Lunatic asylums in Bengal annual reports 1888-1898 - 1888-1898
Year: 1888
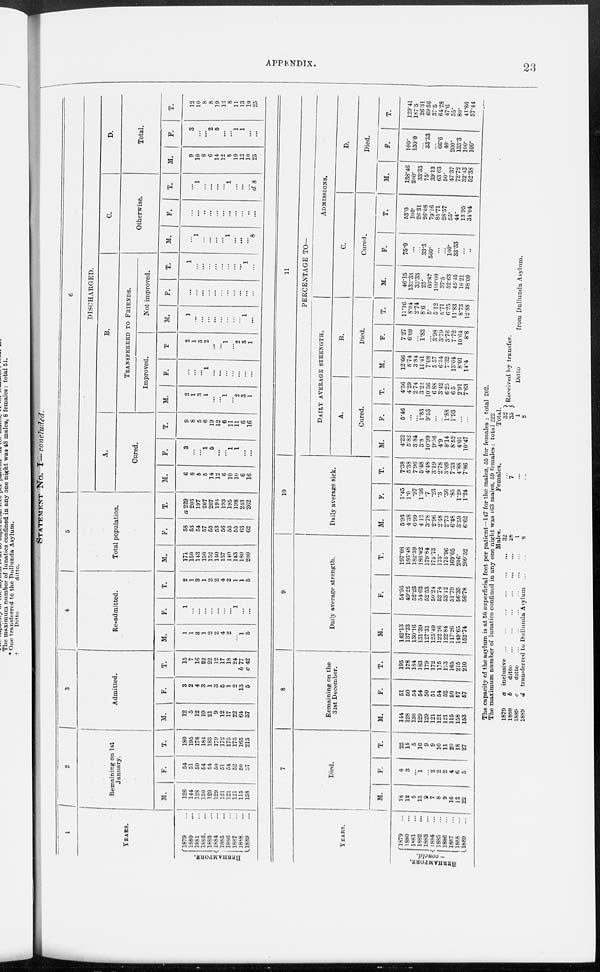
APPENDIX.
23
STATEMENT
NO. I—concluded.
1
YEARS.
BERHAMPORE.
1879 ...
1880 ...
1881 ...
1882 ...
1883 ...
1884 ...
1885 ...
1886 ...
1887 ...
1888 ...
1889 ...
2
Remaining on 1st
January.
M.
126
144
128
130
129
129
121
121
121
115
158
F.
54
51
50
54
54
50
51
54
52
50
57
T.
180
195
178
184
183
179
172
175
173
165
215
3
Admitted.
M.
12
5
12
19
21
9
12
17
22
64
37
F.
3
2
4
3
1
3
5
1
2
13
5
T.
15
7
16
22
22
12
17
18
24
b77
c 42
4
Re-admitted.
M.
1
1
3
1
2
2
4
2
...
1
5
F.
1
...
...
...
...
...
...
...
1
...
...
T.
2
1
3
1
2
2
4
2
1
1
5
5
Total population.
M.
171
150
143
150
152
140
137
140
143
180
200
F.
58
53
54
57
55
53
56
55
55
63
62
T.
a 229
203
197
207
207
193
193
195
198
243
262
6
DISCHARGED.
A.
Cured.
M.
6
8
5
5
14
12
6
10
10
6
16
F.
3
...
...
1
5
...
...
1
1
...
...
T.
9
8
5
6
19
12
6
11
11
6
16
B.
TRANSFERRED
TO
FRIENDS.
Improved.
M.
2
1
3
1
...
...
1
...
2
3
1
F.
...
...
...
1
...
...
...
...
...
...
...
T.
2
1
3
2
...
...
1
...
2
3
1
Not improved.
M.
1
...
...
...
...
...
...
...
...
1
...
F.
...
...
...
...
...
...
...
...
...
...
...
T.
1
...
...
...
...
...
...
...
...
1
...
C.
Otherwise.
M.
...
1
...
...
...
...
1
...
...
...
8
F.
...
...
...
...
...
...
...
...
...
...
...
T.
...
1
...
...
...
...
1
...
...
...
d 8
D.
Total.
M.
9
10
8
6
14
12
8
10
12
10
25
F.
3
...
...
2
5
...
...
1
1
...
...
T.
12
10
8
8
19
12
8
11
13
10
25
YEARS.
BERHAMPORE.
-
concld.
1879 ...
1880 ...
1881 ...
1882 ...
1883 ...
1884 ...
1885 ...
1886 ...
1887 ...
1888 ...
1889
...
7
Died.
M.
18
12
5
15
9
7
8
9
16
12
22
F.
4
3
...
1
...
2
2
2
4
6
5
T.
22
15
5
16
9
9
10
11
20
18
27
8
Remaining on the
31st December.
M.
144
128
130
129
129
121
121
121
115
158
153
F.
51
50
54
54
50
51
54
52
50
57
57
T.
195
178
184
183
179
172
175
173
165
215
210
9
Daily average strength.
M.
142.13
137.23
130.16
131.39
127.31
125.49
122.26
122.84
117.26
149.65
152.74
F.
54.95
49.25
52.23
54.63
52.53
50.24
52.74
53.12
51.79
56.35
56.78
T.
197.08
186.48
182.39
186.02
179.84
175.73
175.
175.96
169.05
206.
209.52
10
Daily average sick.
M.
5.93
4.38
6.99
4.12
3.78
2.96
2.48
2.73
6.48
3.59
6.62
F.
1.45
1.0
.97
1.36
.7
.23
.3
.36
.85
1.29
1.24
T.
7.38
5.38
7.96
5.48
4.48
3.19
2.78
3.09
7.33
4.88
7.86
11
PERCENTAGE TO—
DAILY
AVERAGE
STRENGHT.
A.
Cured.
M.
4.22
5.82
3.84
3.8
10.99
9.56
4.9
8.14
8.52
4.01
10.47
F.
5.46
...
...
1.83
9.53
...
...
1.88
1.93
...
...
T.
4.56
4.29
2.74
3.22
10.56
6. 88
3.42
6.25
6.5
2.91
7.63
B.
Died.
M.
12.66
8.74
3.84
11.41
7.08
5.57
6.54
7.32
13.64
8.01
14.4
F.
7.27
6.09
...
1.83
...
3.98
3.79
3.76
7.72
10.64
8.8
T.
11.16
8.04
2.74
8.6
5.
5.12
5.71
6.25
11.83
8.73
12.88
ADMISSIONS.
c.
Cured.
M.
46.15
133.33
33.33
25.
60.87
109.09
37.5
52.63
45.45
16.21
38.09
F.
75.0
...
...
33.3
500.
...
...
100.
33.33
...
...
T.
53.0
100.
26.31
26.08
79.16
85.71
28.57
55.
44.
13.95
34.04
D.
Died.
M.
138.46
200.
33.33
75.
39.13
63.63
50.
47.37
72.72
32.43
52.38
F.
100.
150.0
...
33.33
...
66.6
40.
200.
133.3
100.
100.
T.
129.41
187.5
26.3l
69.56
37.5
64.28
47.6
55.
80.
41.86
57.44
The capacity of the asylum is at 50 superficial feet per patient—147 for the males, 55 for females : total 202.
The maximum number of lunatics confined in any one night was 163 males, 59 females: total 222
1879
1888
1889
1889
a
b
c
d
inclusive
...
...
...
...
...
...
ditto
...
...
...
...
...
...
ditto
...
...
...
...
...
...
transferred to Dullunda Asylum ...
Males.
32
28
1
8
Females.
... 7
...
...
Total.
32
35
1
8
Received by transfer.
Ditto
from Dullunda Asylum.